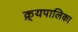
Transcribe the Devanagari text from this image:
क्र्यपालिका